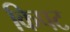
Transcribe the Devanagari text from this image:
किपट